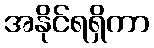
အနိုင်ရရှိကာ